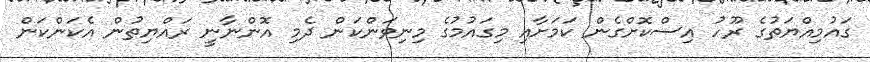
ގައުމިއްޔަތުގެ ރޫހު އިސްކޮށްގެން ކަމަށާއި މިގައުމުގެ މިނިވަންކަން ދެމި އޮންނާނީ ރައްޔިތުން އެކަންކަން